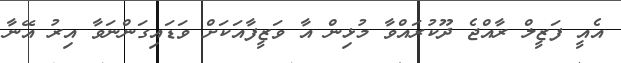
އެއީ ފަޒީލް ރާއްޖެ ދޫކުރައްވާ މުޅިން އާ ވަޒީފާއަކަށް ވަޑައިގަންނަވާ އިރު އޭނާ